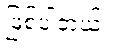
ဖြစ်ပါတယ်။